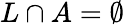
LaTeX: L\cap A=\emptyset